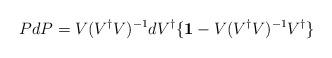
LaTeX: \begin{align*}PdP=V(V^{\dagger}V)^{-1}dV^{\dagger} \{{\bf 1}-V(V^{\dagger}V)^{-1}V^{\dagger}\}\end{align*}